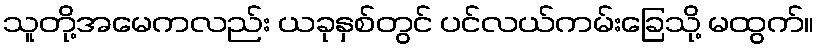
သူတို့အမေကလည်း ယခုနှစ်တွင် ပင်လယ်ကမ်းခြေသို့ မထွက်။